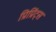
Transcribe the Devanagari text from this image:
प्रिप्रिंट्स